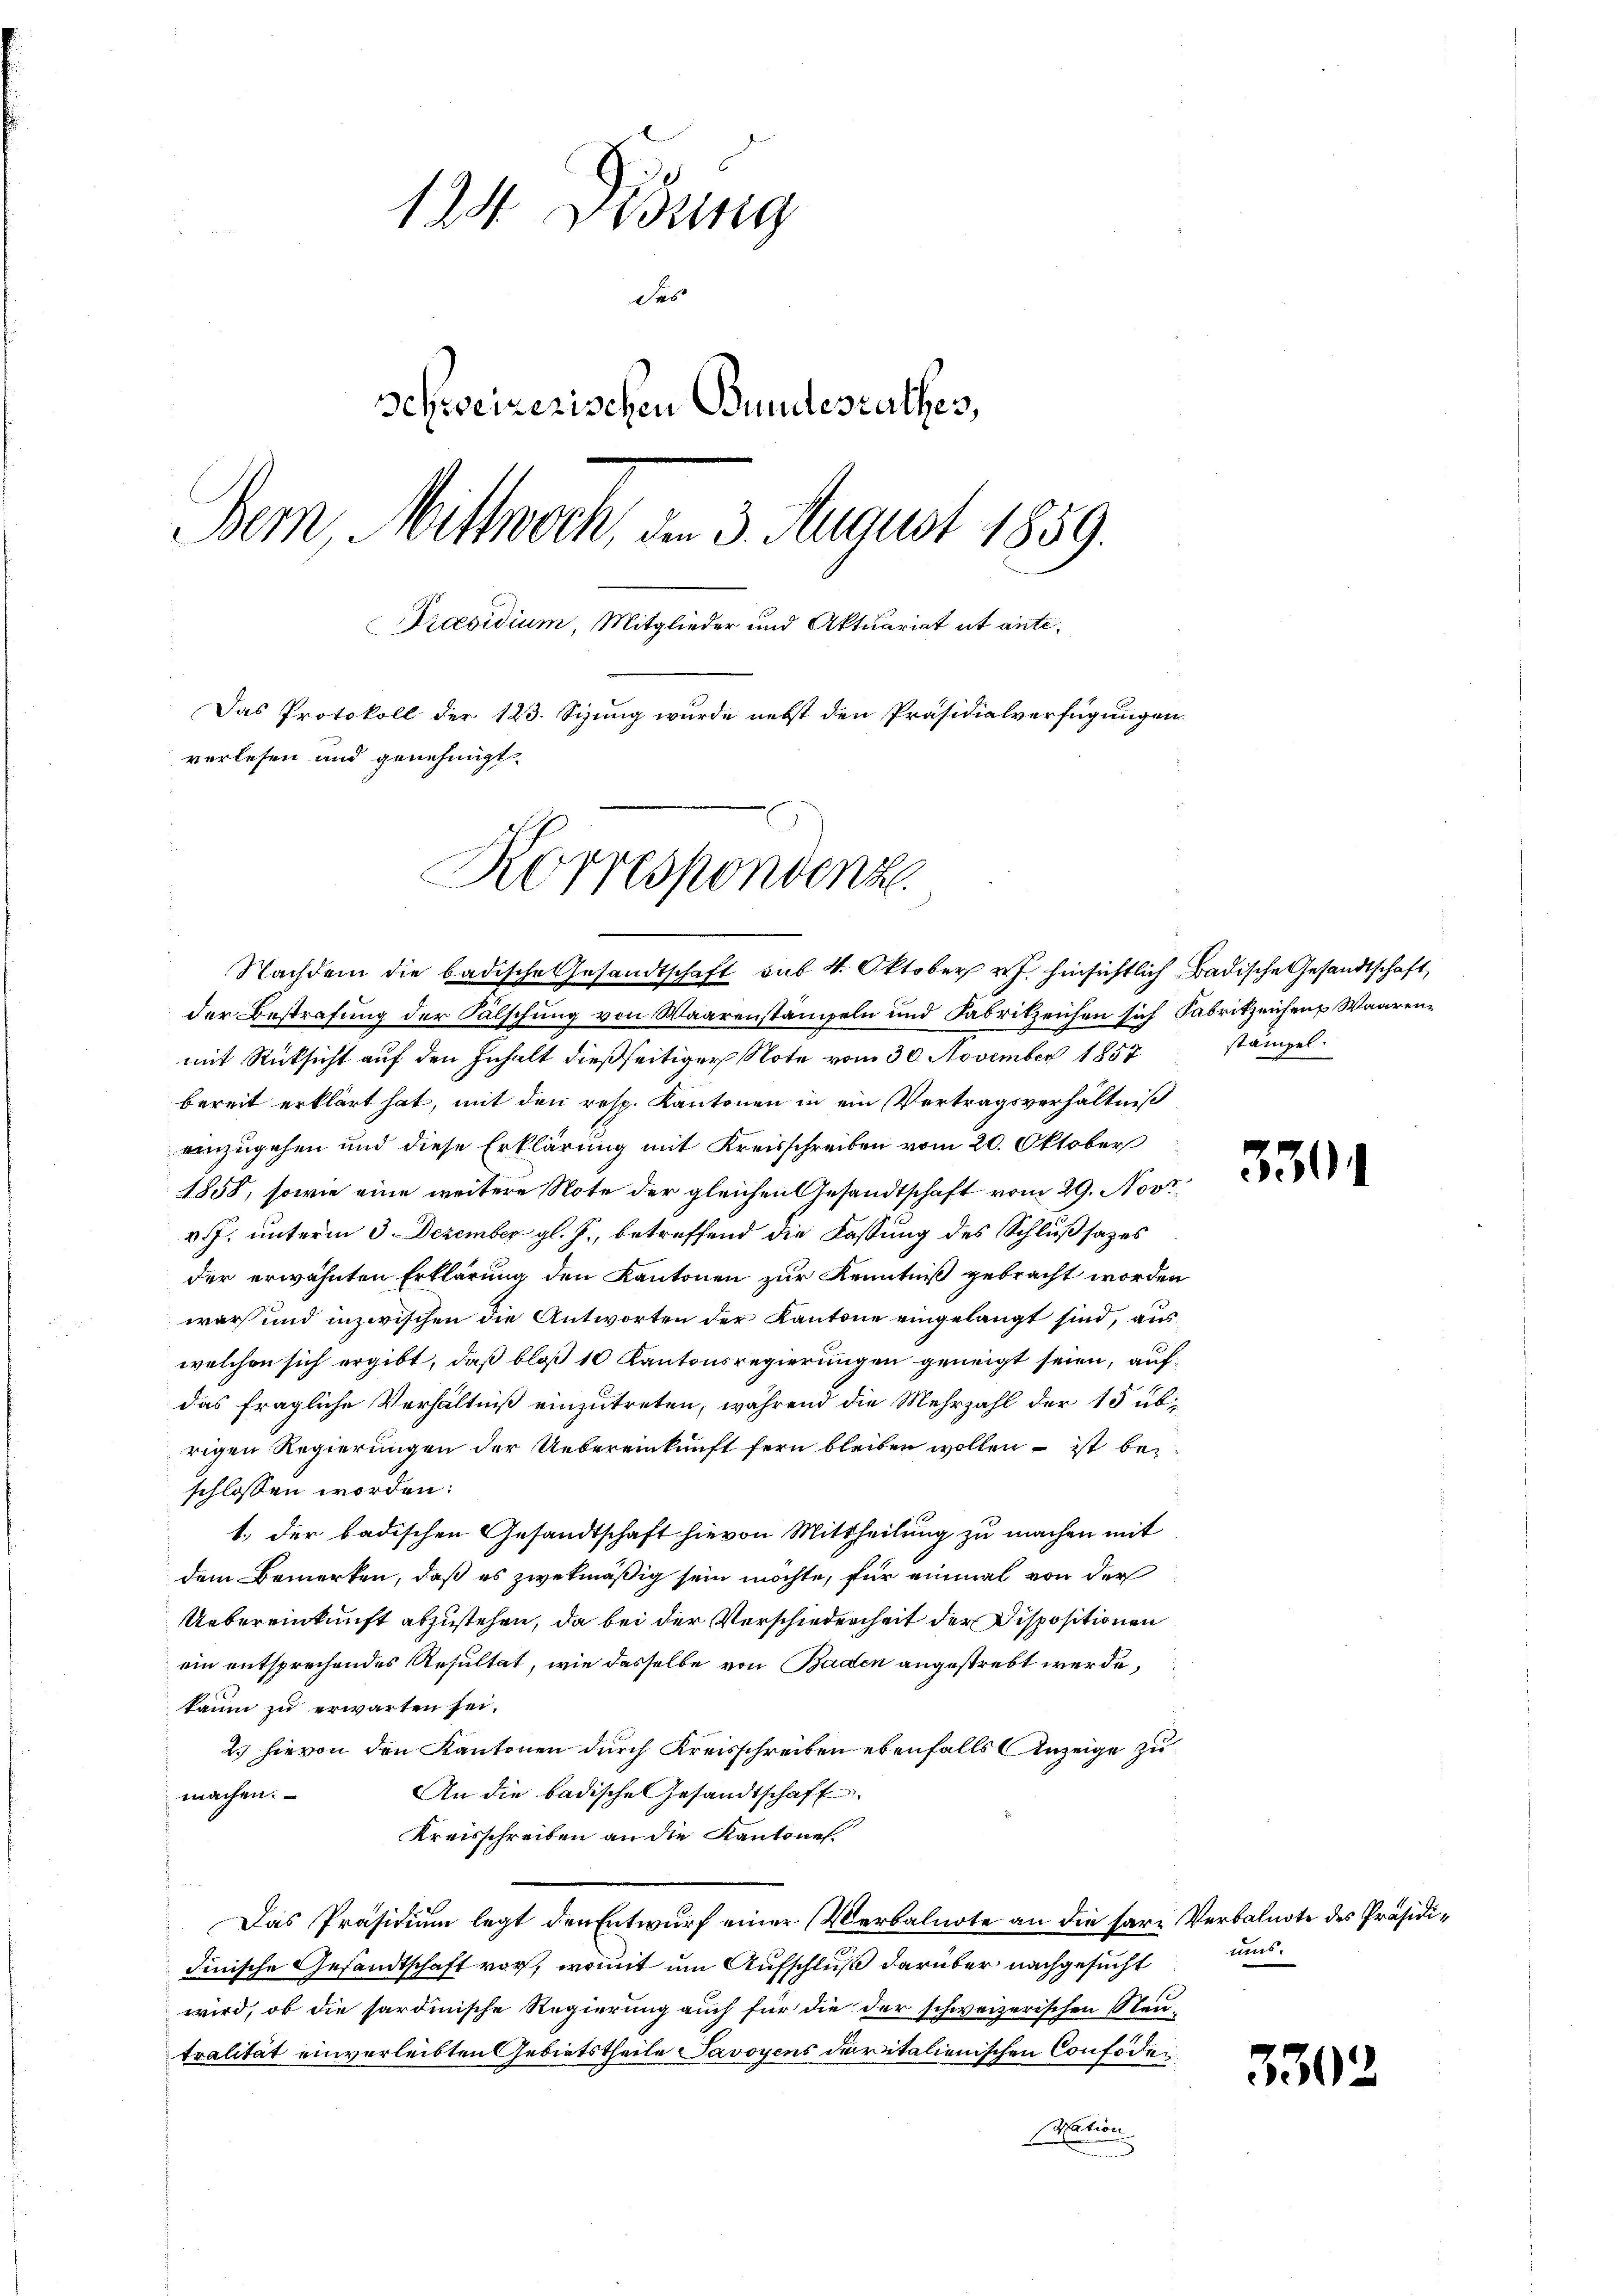
124 Didung
des
schweizerischen Bundesrathes,
Temn, Mittwoch, am 3. August 1859.
Praesidium, Mitglieder und Aktuariat et ante¬
Das Protokoll der 123. Sizung wurde nebst den Präsidialverfügungen.
verlesen und genehmigt.
Korrespondenz
i

Nachdem die badische Gesandtschaft sub 4. Oktober v. J. hinsichtlich Badische Gesandtschaft,
der Bestrafung der Falschung von Waarenstämpeln und Fabrikzeichen sich Fabrikzeichen Waarenmit Rücksicht auf den Inhalt dießseitiger Note vom 30. November 1857
bereit erklärt hat, mit den resp. Kantonen in ein Vertragsverhältniß
einzugehen und diese Erklärung mit Kreisschreiben vom 20. Oktober
1858, sowie eine weitere Note der gleichen Gesandtschaft vom 29. Nov
v.J. unterm 3. Dezember gl. J., betreffend die Fassung des Schlußsazes
der erwähnten Erklärung den Kantonen zur Kenntniß gebracht worden
war und inzwischen die Antworten der Kantone eingelangt sind, aus
welchen sich ergibt, daß bloß 10 Kantonsregierungen geneigt seien, aufdas fragliche Verhältniß einzutreten, während die Mehrzahl der 15 üb-
rigen Regierungen der Uebereinkunft fern bleiben wollen – ist beschlossen worden:
1., der badischen Gesandtschaft hievon Mittheilung zu machen mit
dem Bemerken, daß es zwekmäßig sein möchte, für einmal von der
Uebereinkunft abzustehen, da bei der Verschiedenheit der Dispositionen
ein entsprechendes Resultat, wie dasselbe von Baden angestrebt werde,
kaum zu erwarten sei.
2.) Hievon den Kantonen durch Kreisschreiben ebenfalls Anzeige zu
An die badische Gesandtschaff
machen.
Kreisschreiben an die Kantones
Das Präsidium legt den Entwurf einer Verbalnote an die fare Verbalnote des Präsididinische Gesandtschaft vor, womit um Aufschluß darüber nachgesucht
wird, ob die sardinische Regierung auch für die der schweizerischen Neu-
tralität einverleibten Gebietstheile Savoyens daritalienischen Confoder
Nation

stämpel.

330

mis.

330.